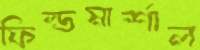
ফিল্ডমার্শাল